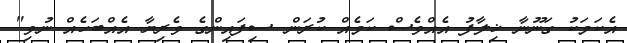
އެކަމަކު ގަނޫނާ ޚިލާފު އެއްވެސް ކަމެއް ކުރަން ސިފައިންގެ ވެރިޔާ އެއްބަހެއް ނުވި"